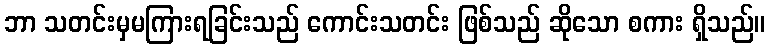
ဘာ သတင်းမှမကြားရခြင်းသည် ကောင်းသတင်း ဖြစ်သည် ဆိုသော စကား ရှိသည်။